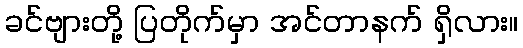
ခင်ဗျားတို့ ပြတိုက်မှာ အင်တာနက် ရှိလား။